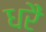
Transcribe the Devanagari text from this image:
धरैं